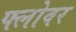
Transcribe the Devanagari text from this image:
फ्लोवर